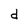
Character: d